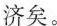
济矣。